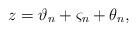
LaTeX: \begin{align*} z= \vartheta_n+\varsigma_n+ \theta_n , \end{align*}